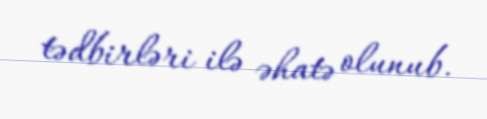
tədbirləri ilə əhatə olunub.